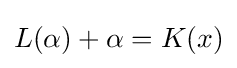
L(\alpha )+\alpha =K(x)